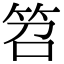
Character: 笤